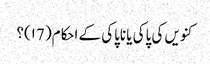
کنویں کی پاکی یا ناپاکی کے احکام( ۱7)؟